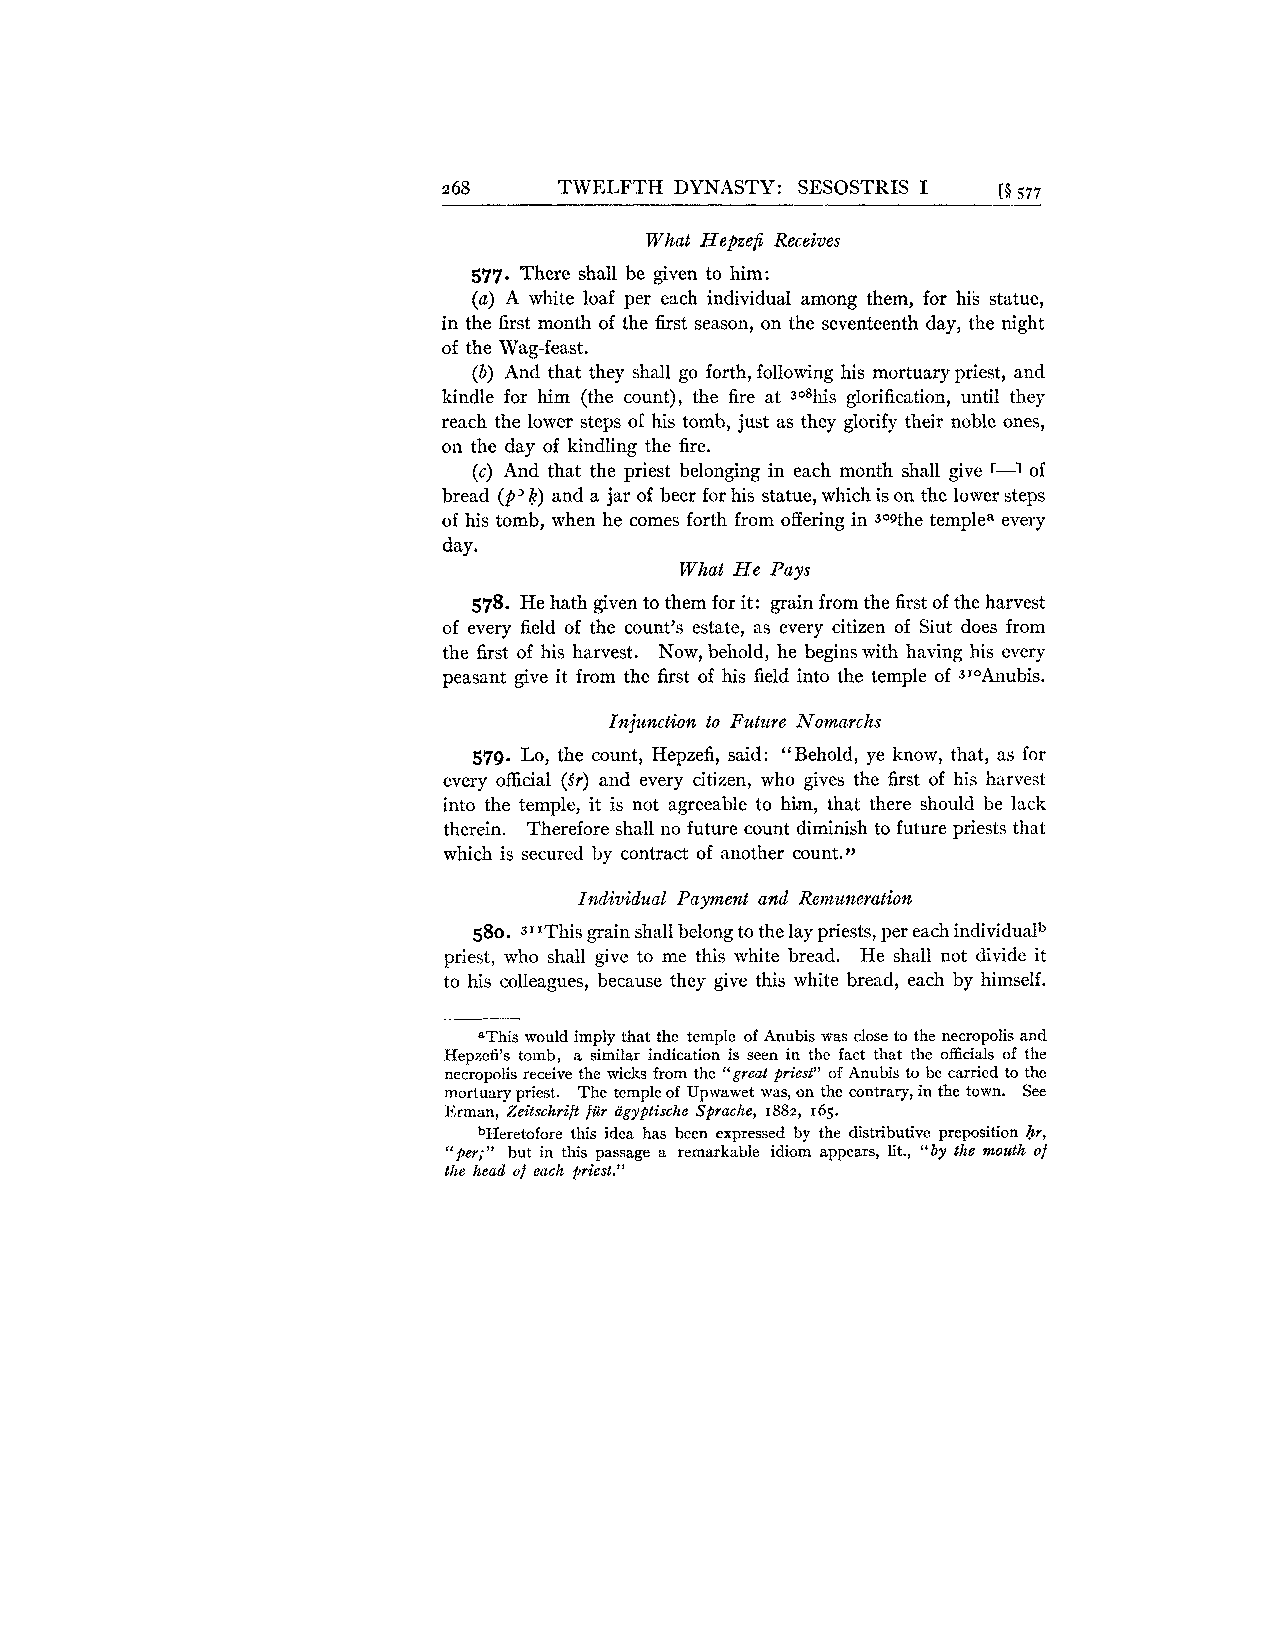
2 68    TWELFTH DYNASTY: SESOSTRIS I [R 577
 What Hepzefi Receives
 577. There shall be given to him:
 (a) A white loaf per each individual among them, for his statue,
 in the first month of the first season, on the seventeenth day, the night
 of the Wag-feast.
 (b) And that they shall go forth, following his mortuary priest, and
 kindle for him (the count), the fire at so8his glorification, until they
 reach the lower steps of his tomb, just as they glorify their noble ones,
 on the day of kindling the fire.
 (c) And that the priest belonging in each month shall give r-1 of
 bread (p' k) and a jar of beer for his statue, which is on the lower steps
 of his tomb, when he comes forth from offering in s09the templea every
 day.
 What He Pays
 578. He hath given to them for it: grain from the first of the harvest
 of every field of the count's estate, as every citizen of Siut does from
 the first of his harvest. Now, behold, he begins with having his every
 peasant give it from the first of his field into the temple of 3IoAnubis.
 Injztnction to Future Nomarchs
 579. Lo, the count, Hepzefi, said: "Behold, ye know, that, as for
 every official (Sr) and every citizen, who gives the first of his harvest
 into the temple, it is not agreeable to hi.m, that there should be lack
 therein. Therefore shall no future count diminish to future priests that
 which is secured by contract of another count.')
 Individual Payment and Remuneration
 580. 3"This grain shall belong to the lay priests, per each individualb
 priest, who shall give to me this white bread. He shall not divide it
 to his colleagues, because they give this white bread, each by himself.
 aThis would imply that the temple of Anubis was close to the necropolis and
 Hepzefi's tomb, a similar indication is seen in the fact that the officials of the
 necropolis receive the wicks from the "great priest" of Anubis to be carried to the
 mortuary priest. The temple of Upwawet was, on the contrary, in the town. See
 Erman, Zeitschrift far iigyptische Spraclze, 1882, 165.
 bHeretofore this idea has been expressed by the distributive preposition hr,
 "per;" but in this passage a remarkable idiom appears, lit., "by the molcth of
 the head of each priest."